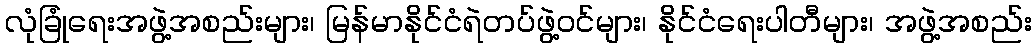
လုံခြုံရေးအဖွဲ့အစည်းများ၊ မြန်မာနိုင်ငံရဲတပ်ဖွဲ့ဝင်များ၊ နိုင်ငံရေးပါတီများ၊ အဖွဲ့အစည်း